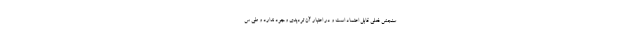
سنجش فعلی قابل اعتماد است و در اعتبار آن تردیدی وجود ندارد و طی س